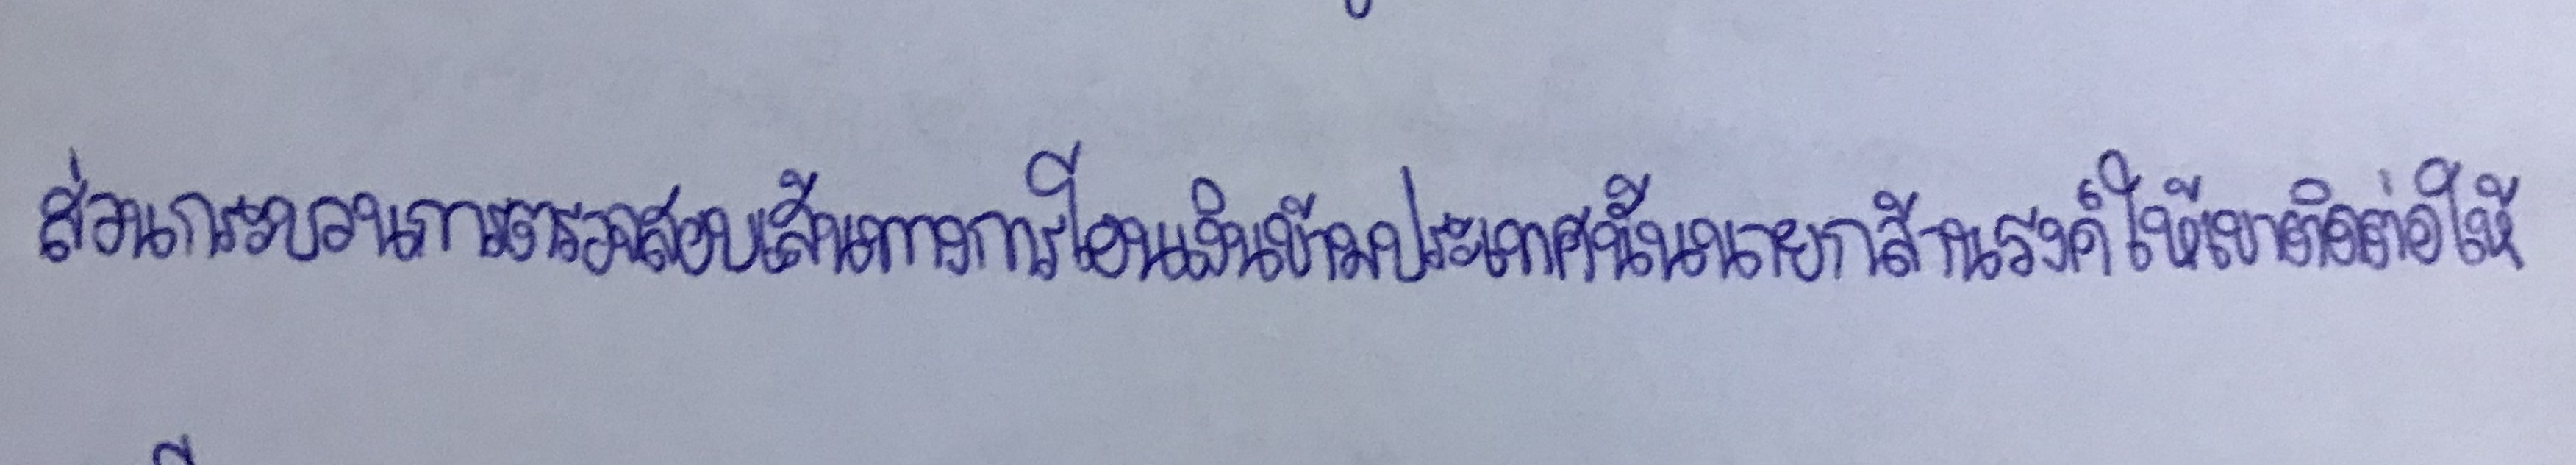
ส่วนกระบวนการตรวจสอบเส้นทางการโอนเงินข้ามประเทศนั้นนายกล้านรงค์ให้เขาติดต่อให้